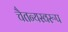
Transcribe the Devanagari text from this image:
चैतन्यस्वरूप